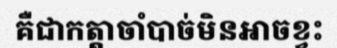
គឺជាកត្តាចាំបាច់មិនអាចខ្វះ